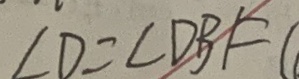
\angle D = \angle D B F (